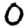
Digit: 0